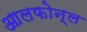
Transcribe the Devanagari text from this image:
आलफोन्ल